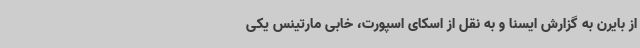
از بایرن به گزارش ایسنا و به نقل از اسکای اسپورت، خابی مارتینس یکی